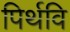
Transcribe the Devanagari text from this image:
पिर्थवि